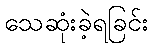
သေဆုံးခဲ့ရခြင်း